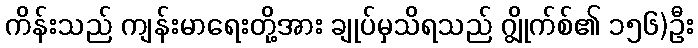
ကိန်းသည် ကျန်းမာရေးတို့အား ချုပ်မှသိရသည် ဂျွိုက်စ်၏ ၁၅၆)ဦး